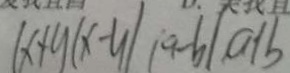
( x + y ( x - y ) ( a - b ) a + b